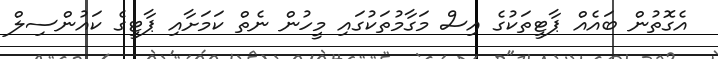
އެގޮތުން ބައެއް ޕާޓީތަކުގެ އިސް މަގާމުތަކުގައި މީހުން ނެތް ކަމަށާއި ޕާޓީގެ ކައުންސިލް